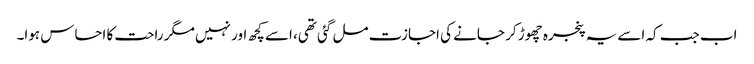
اب جب کہ اسے یہ پنجرہ چھوڑ کر جانے کی اجازت مل گئی تھی، اسے کچھ اور نہیں مگر راحت کا احساس ہوا۔